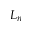
L _ { n }